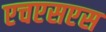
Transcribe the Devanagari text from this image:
एचएसएस